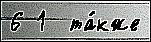
6 1  та́кже